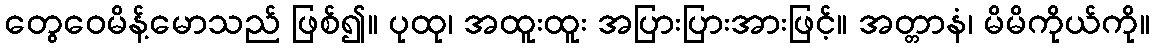
တွေဝေမိန့်မောသည် ဖြစ်၍။ ပုထု၊ အထူးထူး အပြားပြားအားဖြင့်။ အတ္တာနံ၊ မိမိကိုယ်ကို။